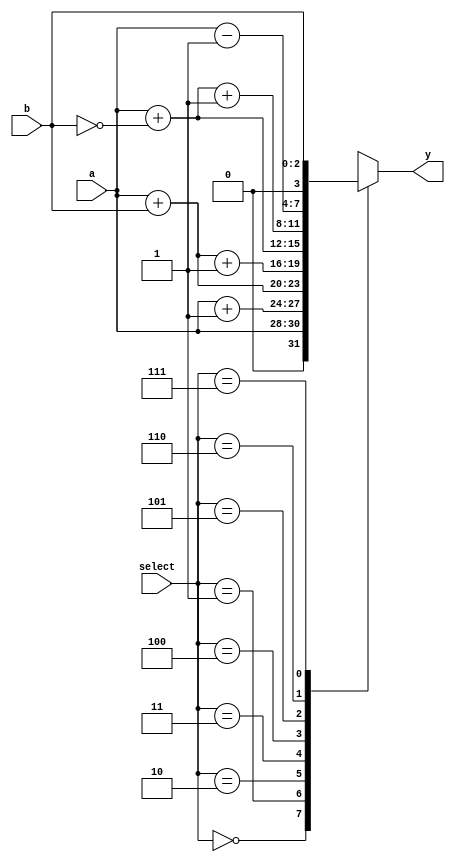
module ALU (y, a, b, select);		 // ARITHMETIC UNIT

parameter WIDTH = 3;

output 	[WIDTH: 0] 	y;
input		[WIDTH-1: 0]	a, b;
input		[2: 0]	select;
reg		[WIDTH: 0]	y;

always @ (*)
begin
y= 32'b0;
case (select)
3'b000:	y = a;
4'b001:	y = a + 1'b1;
3'b010:	y = a + b;
3'b011:	y = a + b + 1'b1;
3'b100:	y = a + {1'b0,~b};
3'b101:	y = a + ({1'b0,~b}) + 1'b1;
3'b110:	y = {1'b0,a} - 1'b1;
3'b111:	y = b;
endcase
end
endmodule